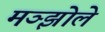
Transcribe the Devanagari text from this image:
मञ्झोले